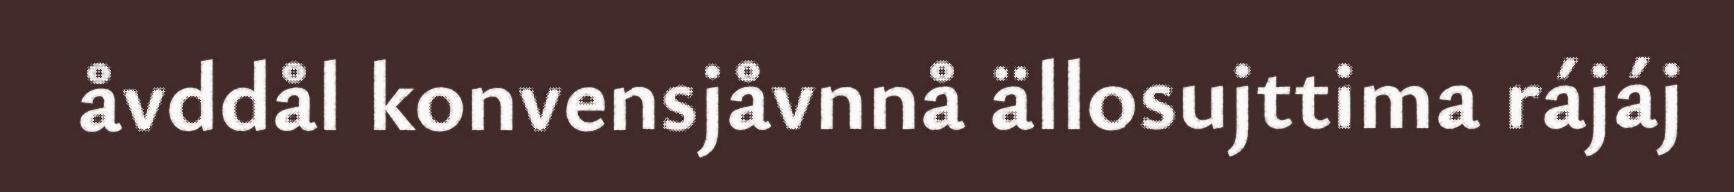
åvddål konvensjåvnnå ällosujttima rájáj